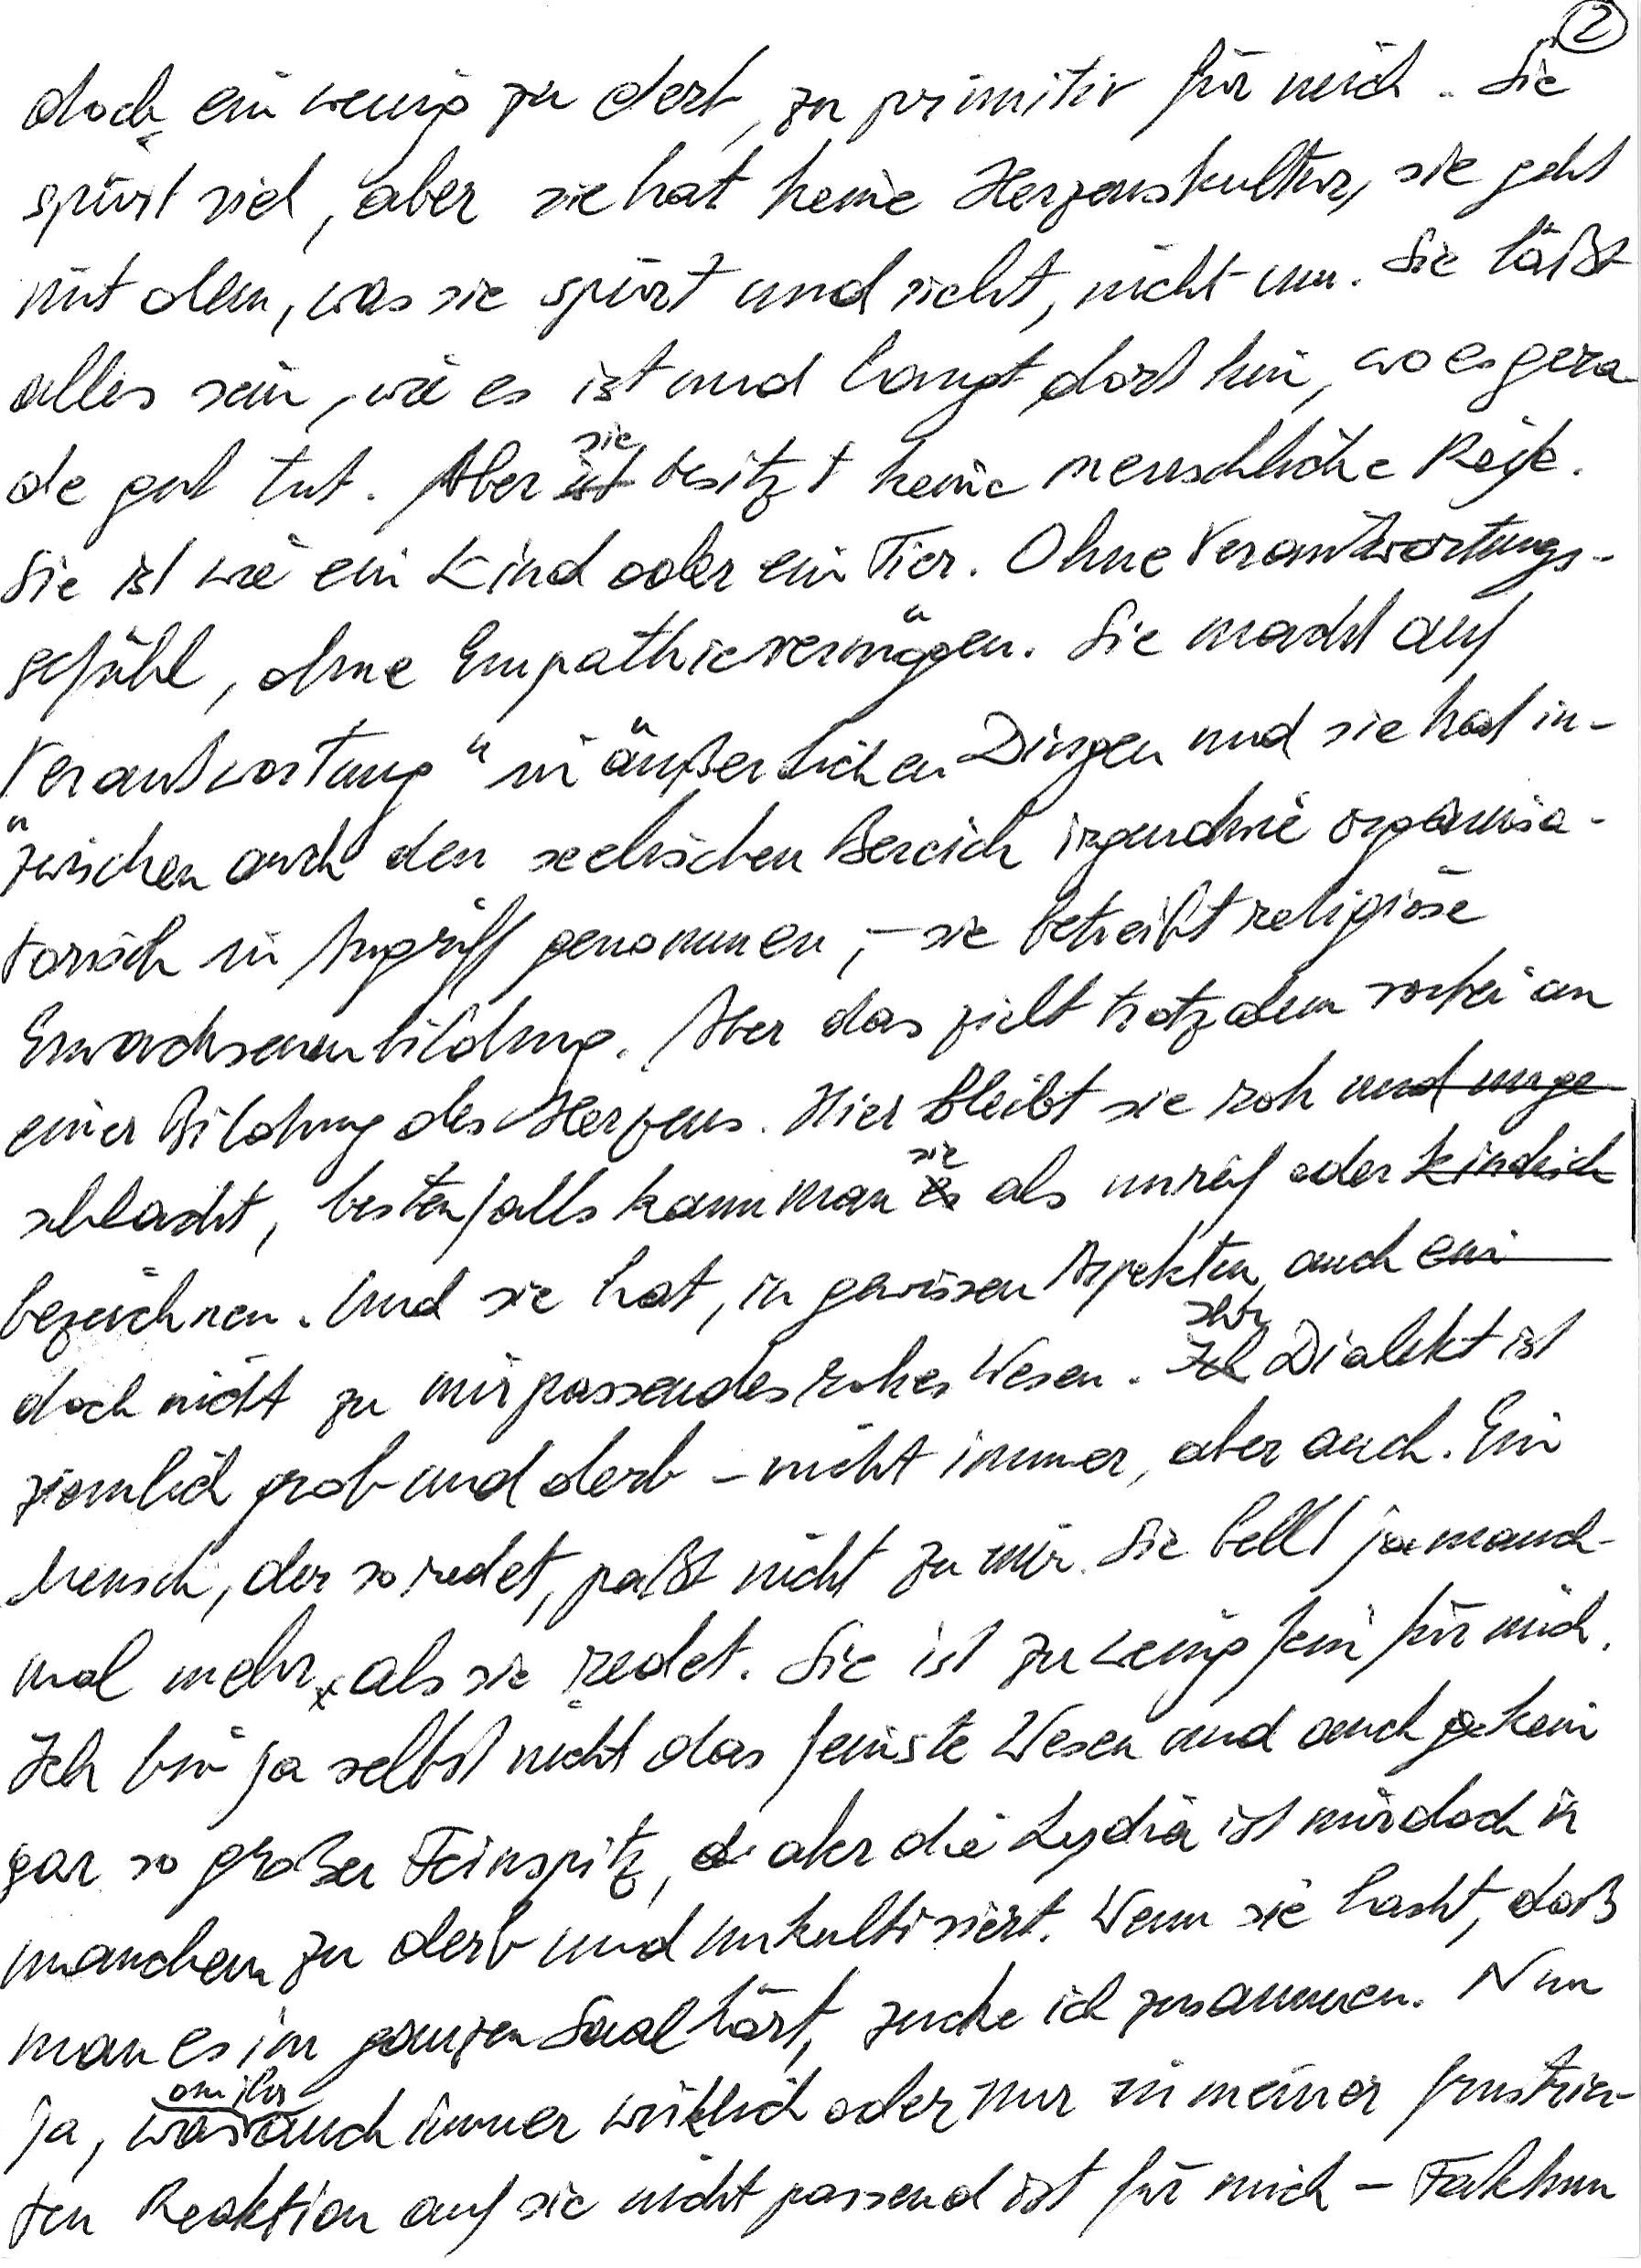
doch ein wenig zu derb, zu primitiv für mich. Sie
spürt viel, aber sie hat keine Herzenskultur, sie geht
mit dem, was sie spürt und sieht, nicht um. Sie läßt
alles sein, wie es ist und langt dort hin, wo es gera-
de gut tut. Aber sie besitzt keine menschliche Reife.
Sie ist wie ein Kind oder ein Tier. Ohne Verantwortungs-
gefühl, ohne Empathievermögen. Sie macht auf
„Verantwortung“ in äußerlichen Dingen und sie hat in-
zwischen auch den seelischen Bereich irgendwie organisa-
torisch in Angriff genommen, – sie betreibt religiöse
Erwachsenenbildung. Aber das zielt trotzdem vorbei an
einer Bildung des Herzens. Hier bleibt sie roh und unge-
schlacht, bestenfalls kann man sie als unreif oder kindisch
bezeichnen. Und sie hat, in gewissen Aspekten, auch ein
doch nicht zu mir passendes rohes Wesen. Ihr Dialekt ist
ziemlich grob und derb – nicht immer, aber auch. Ein
Mensch, der so redet, paßt nicht zu mir. Sie bellt ja manch-
mal mehr als sie redet. Sie ist zu wenig fein für mich.
Ich bin ja selbst nicht das feinste Wesen und auch kein
gar so großer Feinspitz, aber die Lydia ist mir doch in
manchem zu derb und unkultiviert. Wenn sie lacht, daß
man es im ganzen Saal hört, zucke ich zusammen. Nun
ja, was an ihr auch immer wirklich oder nur in meiner frustrier-
ten Reaktion auch sie nicht passend ist für mich – Faktum